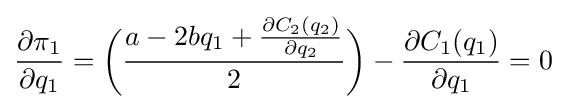
{\frac {\partial \pi _{1}}{\partial q_{1}}}={\bigg (}{\frac {a-2bq_{1}+{\frac {\partial C_{2}(q_{2})}{\partial q_{2}}}}{2}}{\bigg )}-{\frac {\partial C_{1}(q_{1})}{\partial q_{1}}}=0